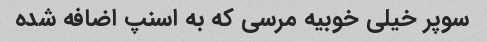
سوپر خیلی خوبیه مرسی که به اسنپ اضافه شده